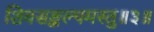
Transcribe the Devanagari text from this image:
शिवसङ्कल्पमस्तु॥३॥